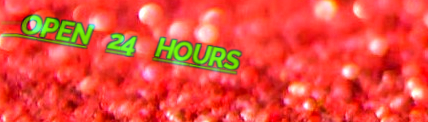
OPEN 24 HOURS